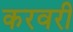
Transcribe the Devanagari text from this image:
करवरी